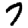
Digit: 7